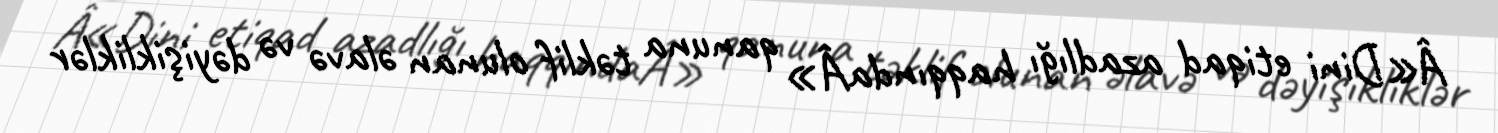
Â«Dini etiqad azadlığı haqqındaÂ» qanuna təklif olunan əlavə və dəyişikliklər